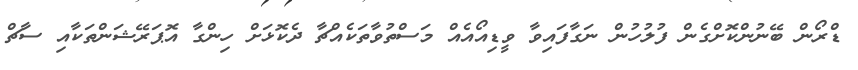
ޑްރޯން ބޭނުންކޮށްގެން ފުލުހުން ނަގާފައިވާ ވީޑިއޯއެއް މަސްތުވާތަކެއްޗާ ދެކޮޅަށް ހިންގާ އޮޕަރޭޝަންތަކާއި ސާޗް